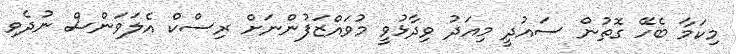
މިކަމާ ބެހޭ ގޮތުން ސައުދީ މިއަދު ވިދާޅުވީ މުވައްޒަފުންނަށް ރިސްކް އެލަވަންސް ނުދެވި